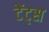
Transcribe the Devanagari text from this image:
टेंट्स